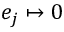
e _ { j } \mapsto 0